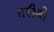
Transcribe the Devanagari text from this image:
ग़रीबो